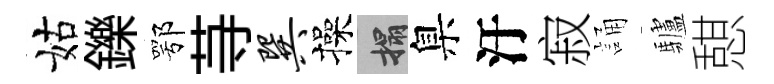
姑鑠鄂䒭巽操搨臬汙寂誦驢憇